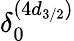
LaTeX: \delta_{0}^{(4d_{3/2})}